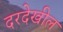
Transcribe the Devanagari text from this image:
दरदेखील